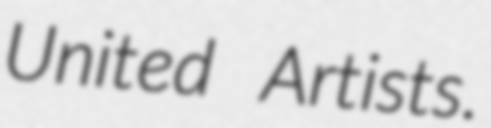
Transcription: United Artists.